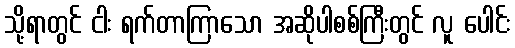
သို့ရာတွင် ငါး ရက်တာကြာသော အဆိုပါစစ်ကြီးတွင် လူ ပေါင်း